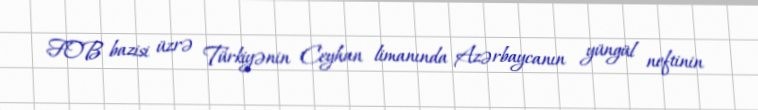
FOB bazisi üzrə Türkiyənin Ceyhan limanında Azərbaycanın yüngül neftinin